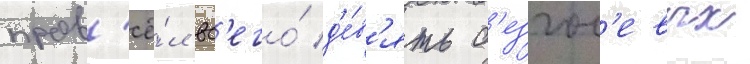
пров'ё́л вс'его́ д'е́в'ять б'езгол'евых